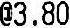
@3.80